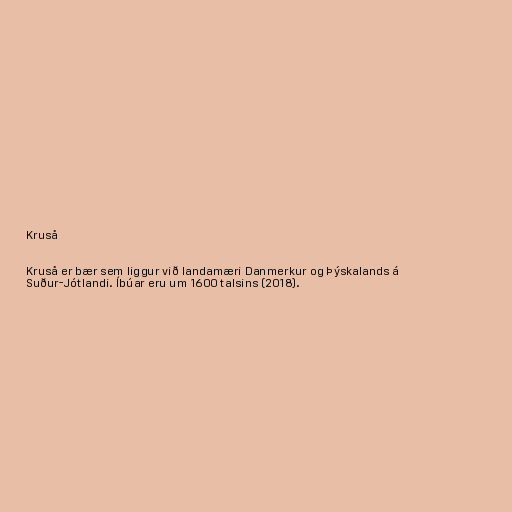
Kruså

Kruså er bær sem liggur við landamæri Danmerkur og Þýskalands á
Suður-Jótlandi. Íbúar eru um 1600 talsins (2018).